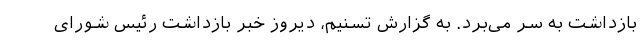
بازداشت به سر می‌برد. به گزارش تسنیم، دیروز خبر بازداشت رئیس شورای